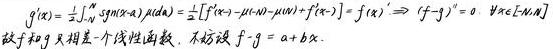
\[
g^{\prime}(x)=\frac{1}{2} \int_{-N}^{N} \operatorname{sgn}(x - \lambda) p(\lambda) d \lambda=\frac{1}{2}[f(x + \epsilon) - f(x - \epsilon) - \mu(x + \epsilon) + \mu(x - \epsilon)] = f(x)^{\prime} \Rightarrow\left(f - g\right)^{\prime}=0, \forall x \in[-N, N]
\]
故 \( f \) 和 \( g \) 只相差一个线性函数, 不妨设 \( f - g = a + bx \).